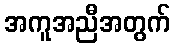
အကူအညီအတွက်